King Institute of Preventive Medicine Micro-Biological Section reports 1909-11
Year: 1909
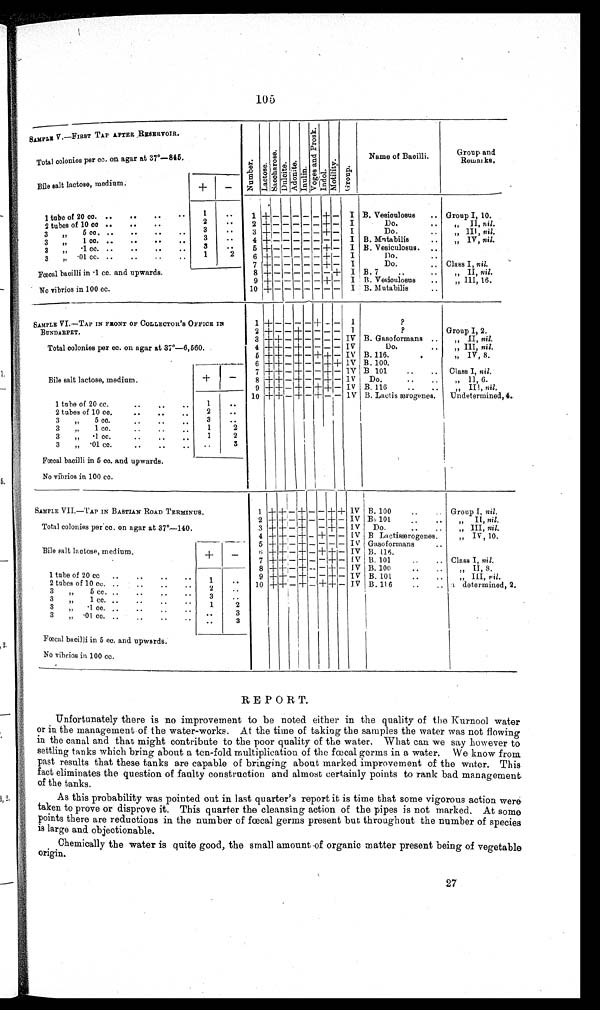
105
SAMPLE V.—FIRST TAP AFTER RESERVOIR.
N u m b e r .
L a c t o s e .
s a c c h c r o s e
D u l c i t e A d o n i t e .
I n u l i n
V o g a s a n d P r o s k .
I n d o l .
M o t i l i t y .
G r o u p .
Name of Bacilli
G r o u p a n d R e m a r k s .
Total colonies per cc. on agar at 37—845,
Bile salt lactose, m e d i u m .
+
—
—
1 tube of 20 cc. ..
.. ..
..
1
. .
1 + — — ——— + — I B. Vesiculosus .. Group I, 10.
2
. .
2 + ————— + — - I
D o
, , I I ,
n i l
2 tubes of 10 cc ..
..
. .
3
..
3 + ——— — — + — I
Do.
..
„,, III, nil.
3 , , 5 cc. ..
..
..
. . 3
. .
4 + ——— — — — -— I B. Mntabilis
..
„ IV, nil.
3 ,, 1 cc. ..
..
. . . .
3
. .
5 + ——— — —
— + — I B. Vesiculosus.
.
· 1 c c .
. .
. . .
. .
3 ,,,
1
2
6 + ——— — — + — I
Do.
3 ,, ·01 cc. ..
..
. .
. .
7 + —— — — — + — I
Do.
.. Class I, nil.
Fœcal bacilli in ·1 cc. and upwards.
8 + —— — — — — + I B. 7
..
. -
„ II, nil.
9 + —— — — — + — I B. Vesiculosus ..
„ ,, III , 16.
10 + — — — — — — — I B. Mutabilis
No vibrios in 100 cc.
SAMPLE VI.—TAP IN FRONT OF COLLECTOR 'S OFFICE I
N BUNDARPET.
1 + — — — — + — — I
?
2 + — — + — — — — I
?
Group I, 2.
3 + + — + — — — — IV B. Gasoformans
, , I I
n i l
Total colonies per cc. on agar at 37º—6,560.
4
+ + — + — — — — I V
D o :
, , I I I ,
n i l
5 + + —
++ — + — — IV B.116.
,,, IV, 8.
6 + + — + — — + + I V B. 100.
7 + + — + — — — — IV B 101
..
..
Class I, nil.
Bile salt lactose, medium.
+
—
8 + + — +
+— — — — IV Do.
..
„ II, 6.
9 + + — + — + — — IV B. 116
..
..
„ II!, nil.
10 +
++ — + — + — — IV B. Lactis ærogenes. Undetermined, 4.
1 tube of 20 cc...
. . .
. .
1
. .
2 tubes of 10 cc.
..
..
..
2
. .
3 ,,„ 5 cc.
3
. .
3 ,,, 1 cc..... ... . . 1
2
3 ,,,, .1 cc.
1
2
3 ,,,,
. 0 1 c c .
. .
. .
. . . .
3
Fœcal bacilli in 5 cc. and upwards.
N o v i b r i o s i n
1 0 0
c c .
SAMPLE VII.—TAP IN BASTIAN ROAD TERMINUS.
1 + + — + — — + + IV B. 100
..
.. Group I, nil.
2 + + — + — — + — IV B. 101
..
..
,, II, nil.
Total colonies per cc. on agar at 37°—140.
3
+ + — + — — + — IV Do.
, , I I I ,
n i l
.
4 + + — + — + — — IV B Lactisærogenes.
„ , ,
I V , 1 0 .
5 + + — + — — — — IV Gasoformans
..
Bile salt lactose, medium.
+
—
6 + + — + — + + — IV B. 116.
7 + + — + — — + + — IV B. 101
..
.. Class I, nil.
8 +
+
— + — — + — IV B. 100
..
..
„ II, S.
1 tube of 20 cc ..
..
. . . .
1
. . 9 + + — + — — + — IV B. 101
..
..
„ III, nil.
2 tubes of 10 co. ..
..
..
..
2
. . 10 + + — + — + + — IV B. 116
..
..
a . determined, 2.
3 ,,„
5 cc. ..
..
..
3
. .
3 ,,„
1 cc.
. . .
. .
. .
. .
1
2
3 ,,
·1 cc. ..
..
. .
3
3 ,,
. 0 1
c o .
. . .
. .
3
Fœcal bacilli in 5 cc. and upwards.
No vibrios in 100 cc.
REPORT.
Unfortunately there is no improvement to be noted either in the quality of the Kurnool water
or in the management of the water-works. At the time of taking the samples the water was not flowing
in the canal and that might contribute to the poor quality of the water. What can we say however to
settling tanks which bring about a ten-fold multiplication of the fœtal germs in a water. We know from
past results that these tanks are capable of bringing about marked improvement of the water. This
fact eliminates the question of faulty construction and almost certainly points to rank bad management.
of the tanks.
As this probability was pointed out in last quarter's report it is time that some vigorous action were
taken to prove or disprove it. This quarter the cleansing action of the pipes is not marked, At some
points there are reductions in the number of fœtal germs present but throughout the number of species
is large and objectionable.
Chemically the water is quite good, the small amount of organic matter present being of vegetable
origin.
27